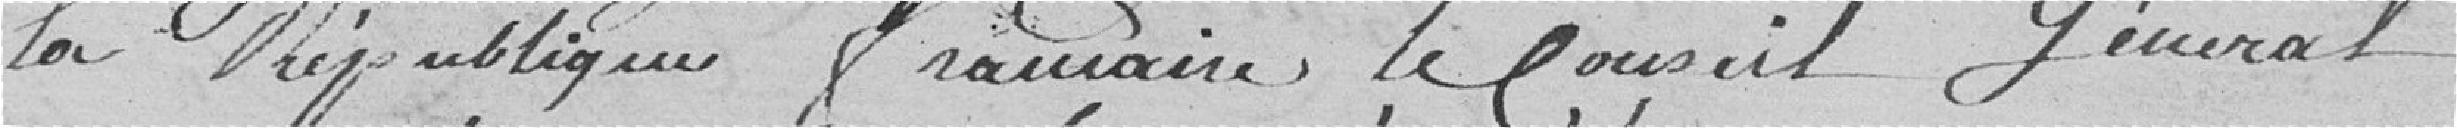
la République Française, Le Conseil Général